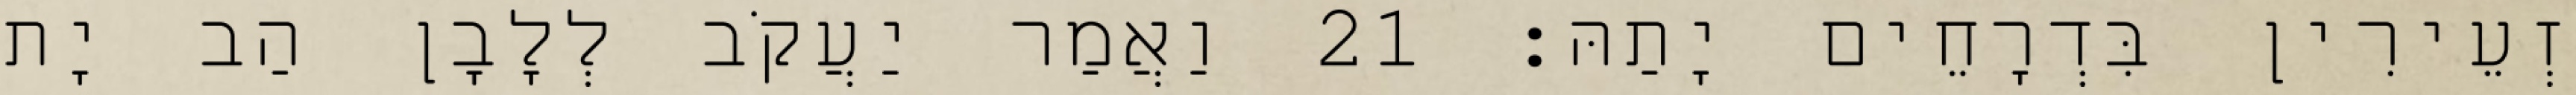
זְעֵירִין בִּדְרָחֵים יָתַהּ׃ 21 וַאֲמַר יַעֲקֹב לְלָבָן הַב יָת